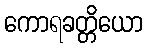
ကောရခတ္တိယော